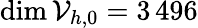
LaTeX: \dim\mathcal{V}_{h,0}=3{\, }496